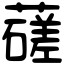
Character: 䕢